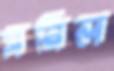
সরিল